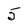
Character: 5